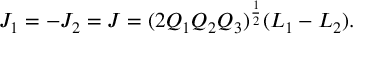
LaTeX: J _ { 1 } = - J _ { 2 } = J = ( 2 { \cal Q } _ { 1 } { \cal Q } _ { 2 } { \cal Q } _ { 3 } ) ^ { \frac { 1 } { 2 } } ( L _ { 1 } - L _ { 2 } ) .